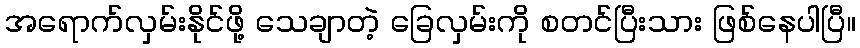
အရောက်လှမ်းနိုင်ဖို့ သေချာတဲ့ ခြေလှမ်းကို စတင်ပြီးသား ဖြစ်နေပါပြီ။